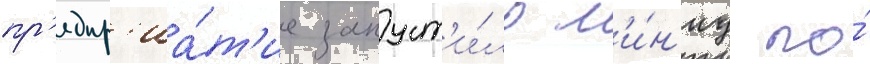
пр'едпр'иа́т'ие запуст'и́ло л'и́н'иу по́